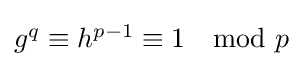
{\textstyle g^{q}\equiv h^{p-1}\equiv 1\mod p}